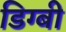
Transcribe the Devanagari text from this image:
डिग्‍बी